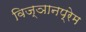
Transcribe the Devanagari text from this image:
विज्ञानप्रेम